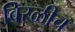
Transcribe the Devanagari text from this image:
विरळीच